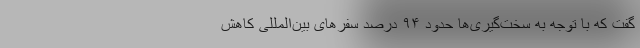
گفت که با توجه به سخت‌گیری‌ها حدود ۹۴ درصد سفرهای بین‌المللی کاهش